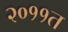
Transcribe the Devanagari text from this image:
२०११त